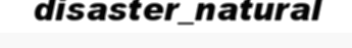
disaster_natural